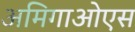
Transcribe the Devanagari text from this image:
अमिगाओएस